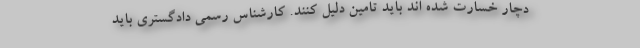
دچار خسارت شده اند باید تامین دلیل کنند. کارشناس رسمی دادگستری باید